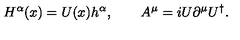
H ^ { \alpha } ( x ) = U ( x ) h ^ { \alpha } , \qquad A ^ { \mu } = i U \partial ^ { \mu } U ^ { \dagger } .